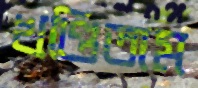
খণ্ডিতাম